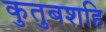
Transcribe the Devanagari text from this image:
कुतुबशहि